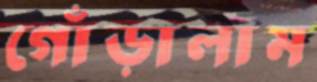
গোঁড়ালাম